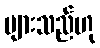
များသည်ဟု